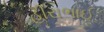
હીરાભાઈ